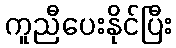
ကူညီပေးနိုင်ပြီး